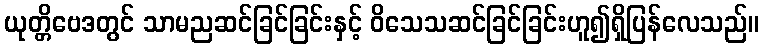
ယုတ္တိဗေဒတွင် သာမညဆင်ခြင်ခြင်းနှင့် ဝိသေသဆင်ခြင်ခြင်းဟူ၍ရှိပြန်လေသည်။